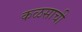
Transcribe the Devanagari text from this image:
कळसाची